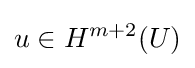
u\in H^{m+2}(U)